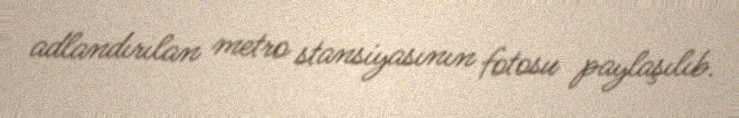
adlandırılan metro stansiyasının fotosu paylaşılıb.